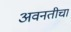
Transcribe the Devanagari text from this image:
अवनतीचा